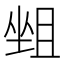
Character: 𡎬